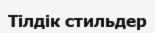
Тілдік стильдер